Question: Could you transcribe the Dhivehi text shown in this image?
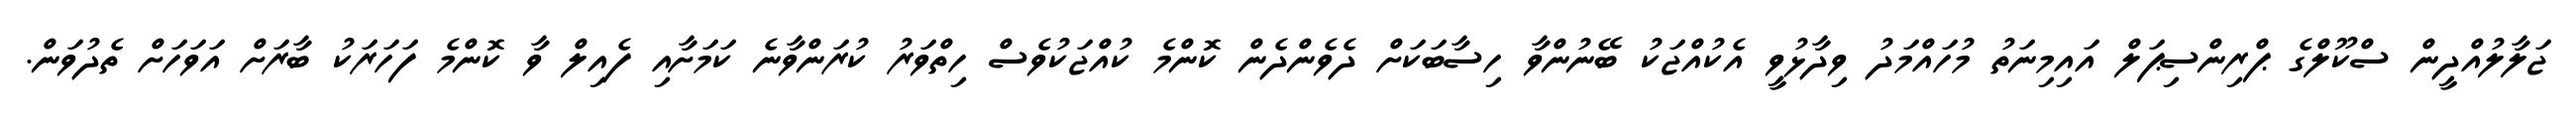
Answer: ޖަލާލުއްދީން ސްކޫލްގެ ޕްރިންސިޕަލް އައިމިނަތު މުހައްމަދު ވިދާޅުވީ އެކުއްޖަކު ބޭނުންވާ ހިސާބަކަށް ދެވެންދެން ކޮންމެ ކުއްޖަކުވެސް ހިތްވަރު ކުރަންވާނެ ކަމަށާއި ފެއިލް ވާ ކޮންމެ ފަހަރަކު ބާރަށް އަވަހަށް ތެދުވަން.